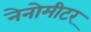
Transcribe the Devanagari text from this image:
नेनोमीटर